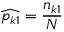
{ \widehat { p _ { k 1 } } } = { \frac { n _ { k 1 } } { N } }